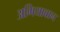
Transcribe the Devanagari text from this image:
अगियावान